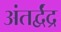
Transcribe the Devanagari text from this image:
अंतर्द्वंद्र